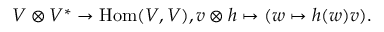
V \otimes V ^ { * } \to \operatorname { H o m } ( V , V ) , v \otimes h \mapsto ( w \mapsto h ( w ) v ) .